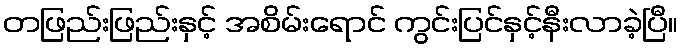
တဖြည်းဖြည်းနှင့် အစိမ်းရောင် ကွင်းပြင်နှင့်နီးလာခဲ့ပြီ။